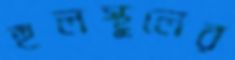
হুলস্থূলের